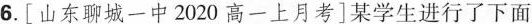
6.[山东聊城一中2020高一上月考]某学生进行了下面